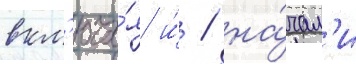
вкл'юча́я и́ / на́чал'и